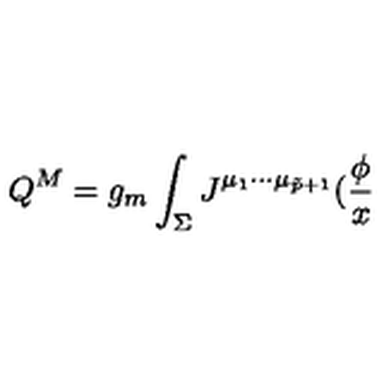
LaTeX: Q ^ { M } = g _ { m } \int _ { \Sigma } J ^ { \mu _ { 1 } \cdots \mu _ { \tilde { p } + 1 } } ( \frac \phi x